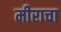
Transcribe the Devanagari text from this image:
मीराचा